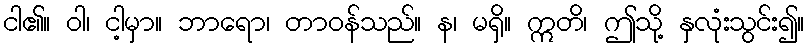
ငါ၏။ ဝါ၊ ငါ့မှာ။ ဘာရော၊ တာဝန်သည်။ န၊ မရှိ။ ဣတိ၊ ဤသို့ နှလုံးသွင်း၍။